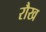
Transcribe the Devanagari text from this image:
रौख